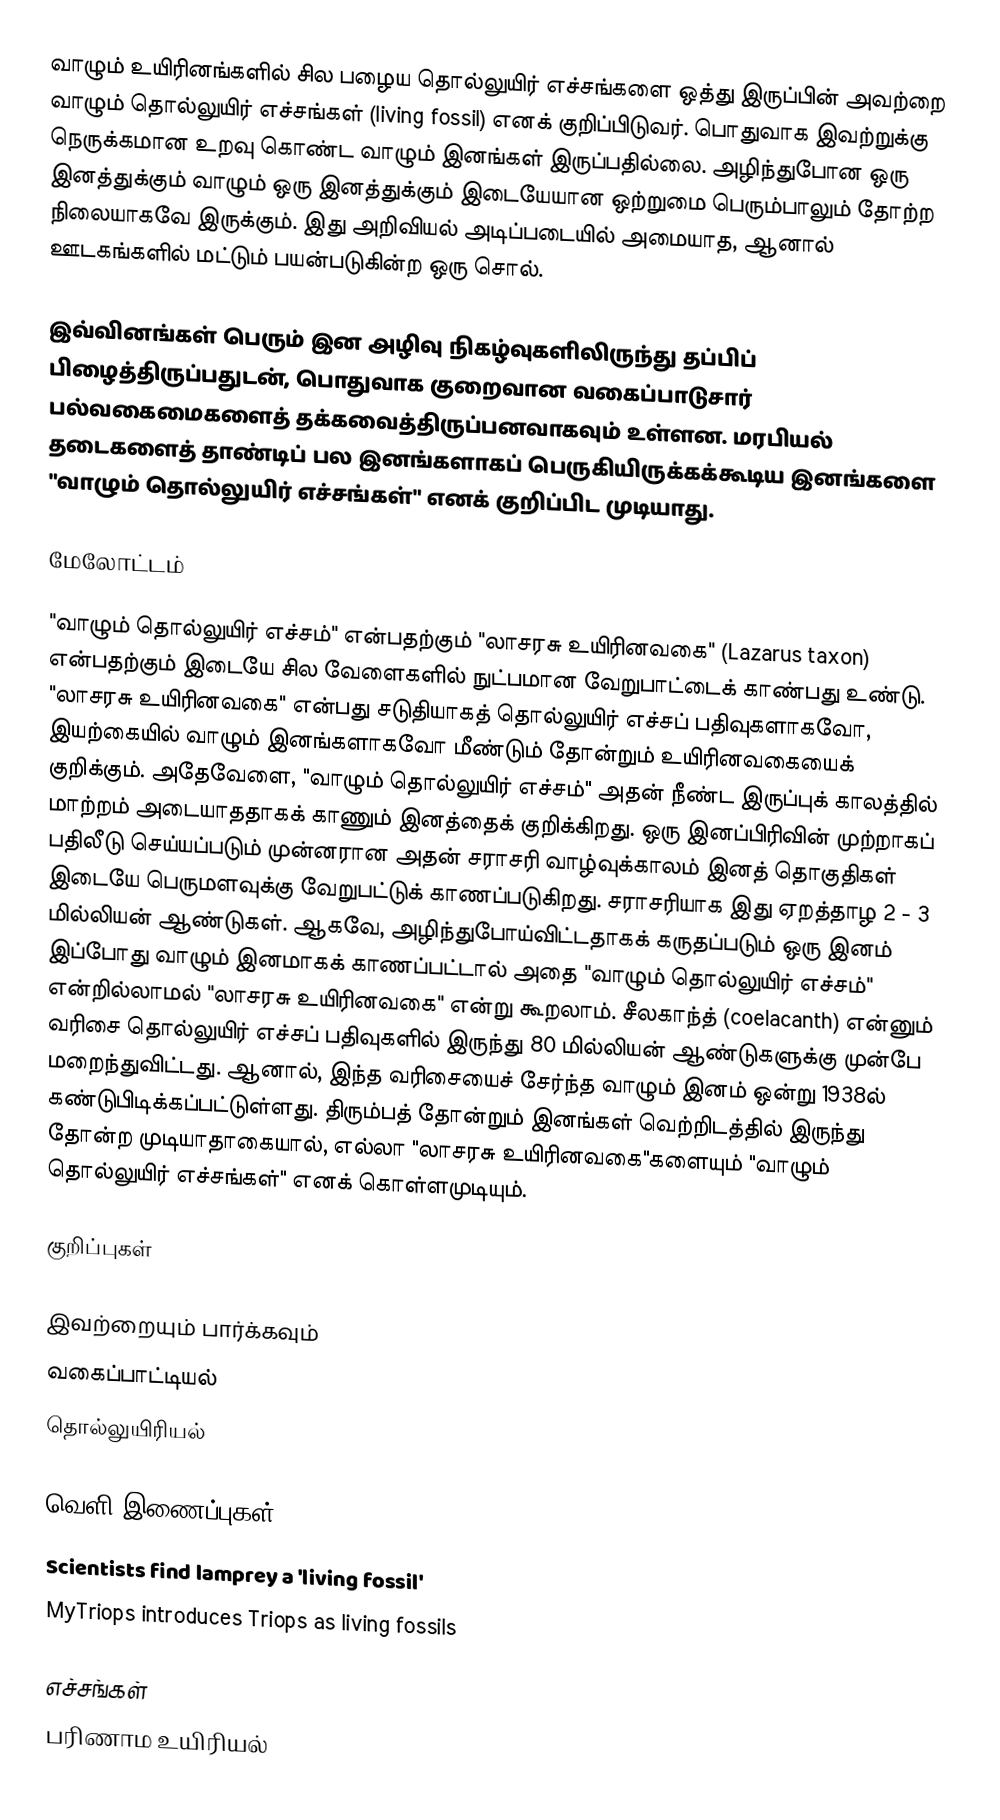
வாழும் உயிரினங்களில் சில பழைய தொல்லுயிர் எச்சங்களை ஒத்து இருப்பின் அவற்றை வாழும் தொல்லுயிர் எச்சங்கள் (living fossil) எனக் குறிப்பிடுவர். பொதுவாக இவற்றுக்கு நெருக்கமான உறவு கொண்ட வாழும் இனங்கள் இருப்பதில்லை. அழிந்துபோன ஒரு இனத்துக்கும் வாழும் ஒரு இனத்துக்கும் இடையேயான ஒற்றுமை பெரும்பாலும் தோற்ற நிலையாகவே இருக்கும். இது அறிவியல் அடிப்படையில் அமையாத, ஆனால் ஊடகங்களில் மட்டும் பயன்படுகின்ற ஒரு சொல்.

இவ்வினங்கள் பெரும் இன அழிவு நிகழ்வுகளிலிருந்து தப்பிப் பிழைத்திருப்பதுடன், பொதுவாக குறைவான வகைப்பாடுசார் பல்வகைமைகளைத் தக்கவைத்திருப்பனவாகவும் உள்ளன. மரபியல் தடைகளைத் தாண்டிப் பல இனங்களாகப் பெருகியிருக்கக்கூடிய இனங்களை "வாழும் தொல்லுயிர் எச்சங்கள்" எனக் குறிப்பிட முடியாது.

மேலோட்டம்

"வாழும் தொல்லுயிர் எச்சம்" என்பதற்கும் "லாசரசு உயிரினவகை" (Lazarus taxon) என்பதற்கும் இடையே சில வேளைகளில் நுட்பமான வேறுபாட்டைக் காண்பது உண்டு.  "லாசரசு உயிரினவகை" என்பது சடுதியாகத் தொல்லுயிர் எச்சப் பதிவுகளாகவோ, இயற்கையில் வாழும் இனங்களாகவோ மீண்டும் தோன்றும் உயிரினவகையைக் குறிக்கும். அதேவேளை, "வாழும் தொல்லுயிர் எச்சம்" அதன் நீண்ட இருப்புக் காலத்தில் மாற்றம் அடையாததாகக் காணும் இனத்தைக் குறிக்கிறது. ஒரு இனப்பிரிவின் முற்றாகப் பதிலீடு செய்யப்படும் முன்னரான அதன் சராசரி வாழ்வுக்காலம் இனத் தொகுதிகள் இடையே பெருமளவுக்கு வேறுபட்டுக் காணப்படுகிறது. சராசரியாக இது ஏறத்தாழ 2 - 3 மில்லியன் ஆண்டுகள். ஆகவே, அழிந்துபோய்விட்டதாகக் கருதப்படும் ஒரு இனம் இப்போது வாழும் இனமாகக் காணப்பட்டால் அதை "வாழும் தொல்லுயிர் எச்சம்" என்றில்லாமல் "லாசரசு உயிரினவகை" என்று கூறலாம். சீலகாந்த் (coelacanth) என்னும் வரிசை தொல்லுயிர் எச்சப் பதிவுகளில் இருந்து 80 மில்லியன் ஆண்டுகளுக்கு முன்பே மறைந்துவிட்டது. ஆனால், இந்த வரிசையைச் சேர்ந்த வாழும் இனம் ஒன்று 1938ல் கண்டுபிடிக்கப்பட்டுள்ளது. திரும்பத் தோன்றும் இனங்கள் வெற்றிடத்தில் இருந்து தோன்ற முடியாதாகையால், எல்லா "லாசரசு உயிரினவகை"களையும் "வாழும் தொல்லுயிர் எச்சங்கள்" எனக் கொள்ளமுடியும்.

குறிப்புகள்

இவற்றையும் பார்க்கவும்
 வகைப்பாட்டியல்
 தொல்லுயிரியல்

வெளி இணைப்புகள்
 Scientists find lamprey a 'living fossil'
 MyTriops introduces Triops as living fossils

எச்சங்கள்
பரிணாம உயிரியல்